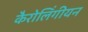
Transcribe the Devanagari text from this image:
कैरोलिंगीयन